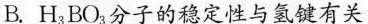
B.H_{3}BO_{3}分子的稳定性与氢键有关